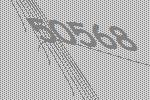
50568